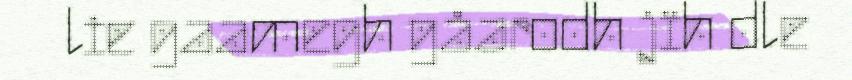
lie gaamegh gåarodh jïh dle